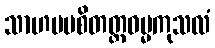
သာဟမပစိတတ္ထဓမ္မကုသလံ